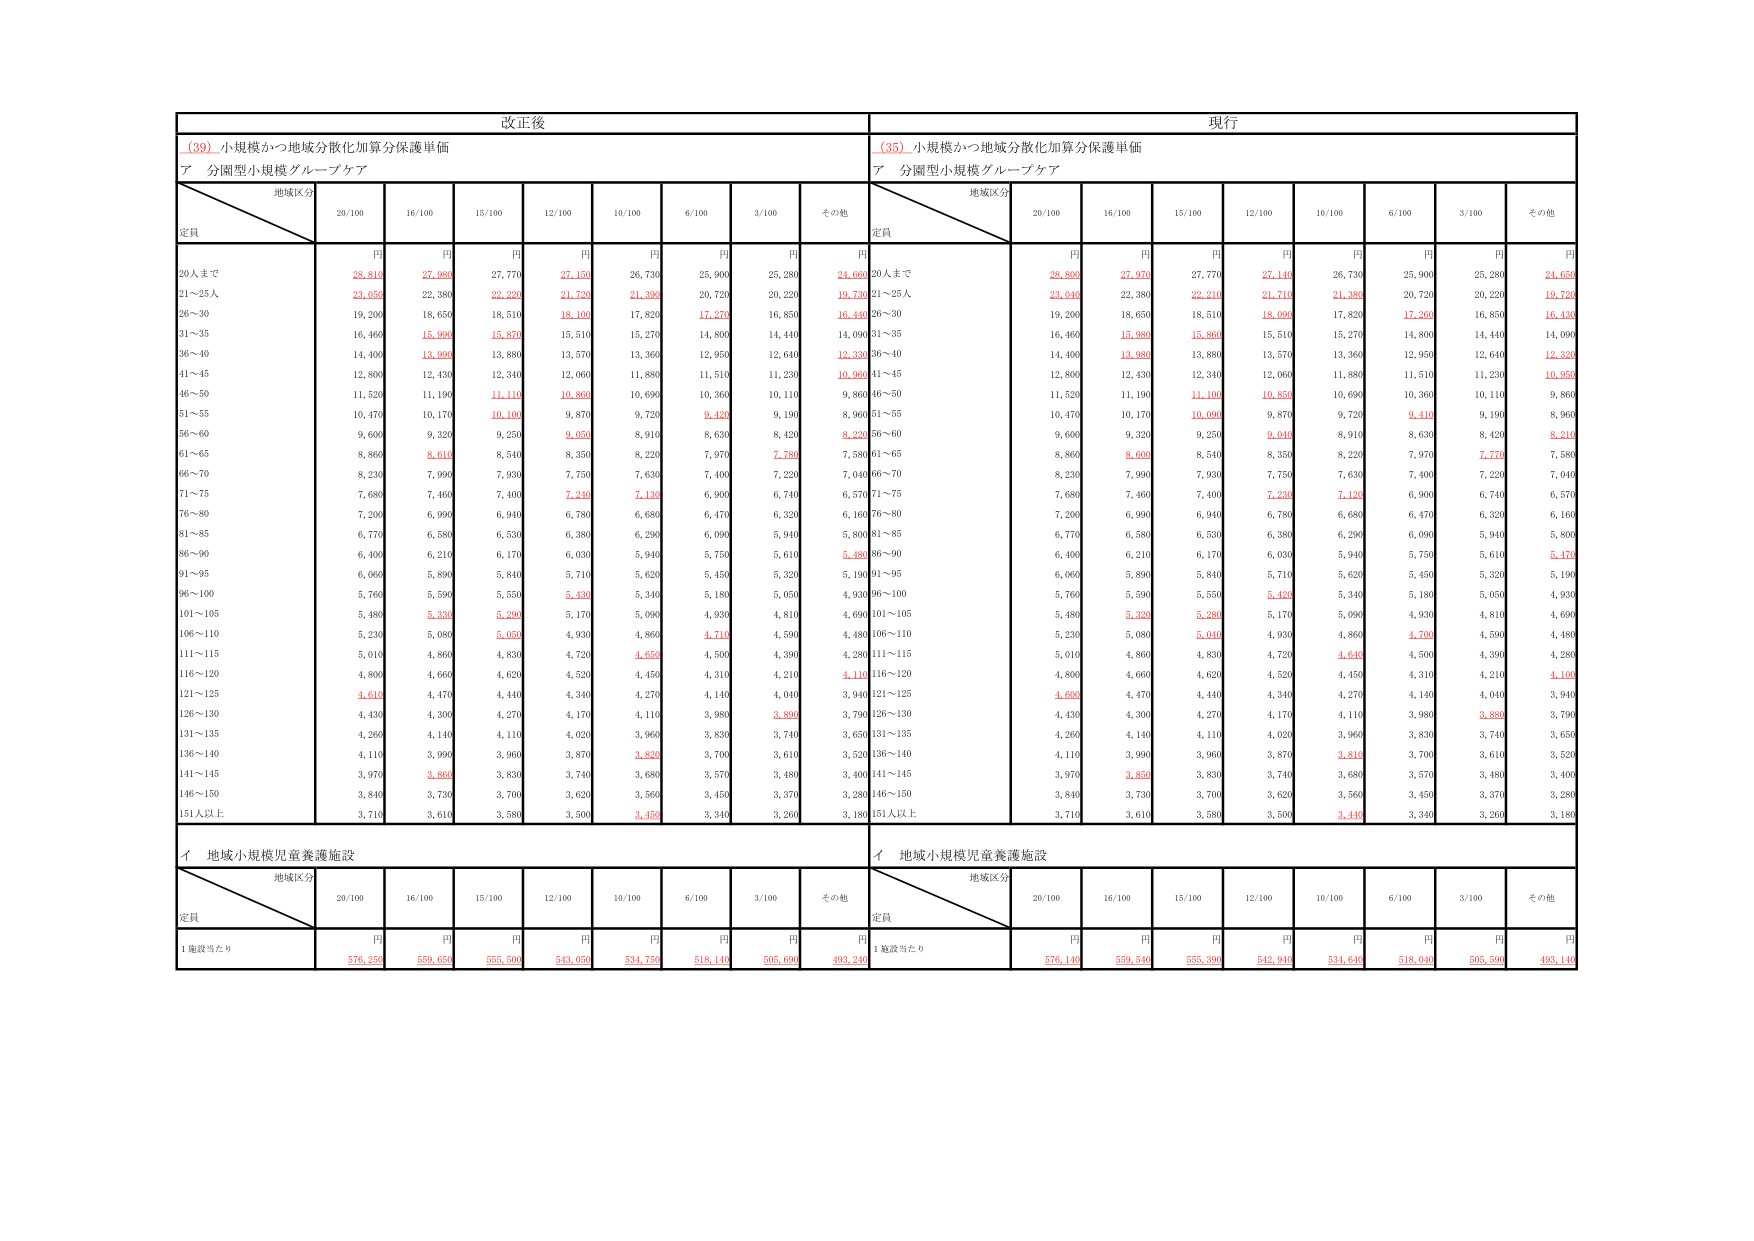
改正後
(39) 小規模かつ地域分散化加算分保護単価
ア 分園型小規模グループケア
地域区分
定員
20/100
16/100
15/100
12/100
10/100
6/100
3/100
その他
円
円
円
円
円
円
円
円
20人まで
28,810
27,980
27,770
27,150
26,730
25,900
25,280
24,660
21～25人
23,050
22,380
22,220
21,720
21,390
20,720
20,220
19,730
26～30
19,200
18,650
18,510
18,100
17,820
17,270
16,850
16,440
31～35
16,460
15,990
15,870
15,510
15,270
14,800
14,440
14,090
36～40
14,400
13,990
13,880
13,570
13,360
12,950
12,640
12,330
41～45
12,800
12,430
12,340
12,060
11,880
11,510
11,230
10,960
46～50
11,520
11,190
11,110
10,860
10,690
10,360
10,110
9,860
51～55
10,470
10,170
10,100
9,870
9,720
9,420
9,190
8,960
56～60
9,600
9,320
9,250
9,050
8,910
8,630
8,420
8,220
61～65
8,860
8,610
8,540
8,350
8,220
7,970
7,780
7,580
66～70
8,230
7,990
7,930
7,750
7,630
7,400
7,220
7,040
71～75
7,680
7,460
7,400
7,240
7,130
6,900
6,740
6,570
76～80
7,200
6,990
6,940
6,780
6,680
6,470
6,320
6,160
81～85
6,770
6,580
6,530
6,380
6,290
6,090
5,940
5,800
86～90
6,400
6,210
6,170
6,030
5,940
5,750
5,610
5,480
91～95
6,060
5,890
5,840
5,710
5,620
5,450
5,320
5,190
96～100
5,760
5,590
5,550
5,430
5,340
5,180
5,050
4,930
101～105
5,480
5,330
5,290
5,170
5,090
4,930
4,810
4,690
106～110
5,230
5,080
5,050
4,930
4,860
4,710
4,590
4,480
111～115
5,010
4,860
4,830
4,720
4,650
4,500
4,390
4,280
116～120
4,800
4,660
4,620
4,520
4,450
4,310
4,210
4,110
121～125
4,610
4,470
4,440
4,340
4,270
4,140
4,040
3,940
126～130
4,430
4,300
4,270
4,170
4,110
3,980
3,890
3,790
131～135
4,260
4,140
4,110
4,020
3,960
3,830
3,740
3,650
136～140
4,110
3,990
3,960
3,870
3,820
3,700
3,610
3,520
141～145
3,970
3,860
3,830
3,740
3,680
3,570
3,480
3,400
146～150
3,840
3,730
3,700
3,620
3,560
3,450
3,370
3,280
151人以上
3,710
3,610
3,580
3,500
3,450
3,340
3,260
3,180
イ 地域小規模児童養護施設
地域区分
定員
20/100
16/100
15/100
12/100
10/100
6/100
3/100
その他
円
円
円
円
円
円
円
円
1施設当たり
576,250
559,650
555,300
543,050
534,750
518,140
505,690
493,240
現行
(35) 小規模かつ地域分散化加算分保護単価
ア 分園型小規模グループケア
地域区分
定員
20/100
16/100
15/100
12/100
10/100
6/100
3/100
その他
円
円
円
円
円
円
円
円
20人まで
28,800
27,970
27,770
27,140
26,730
25,900
25,280
24,650
21～25人
23,040
22,380
22,210
21,710
21,380
20,720
20,220
19,720
26～30
19,200
18,650
18,510
18,090
17,820
17,260
16,850
16,430
31～35
16,460
15,980
15,860
15,510
15,270
14,800
14,440
14,090
36～40
14,400
13,980
13,880
13,570
13,360
12,950
12,640
12,320
41～45
12,800
12,430
12,340
12,060
11,880
11,510
11,230
10,950
46～50
11,520
11,190
11,100
10,850
10,690
10,360
10,110
9,860
51～55
10,470
10,170
10,090
9,870
9,720
9,410
9,190
8,960
56～60
9,600
9,320
9,250
9,040
8,910
8,630
8,420
8,210
61～65
8,860
8,600
8,540
8,350
8,220
7,970
7,770
7,580
66～70
8,230
7,990
7,930
7,750
7,630
7,400
7,220
7,040
71～75
7,680
7,460
7,400
7,230
7,120
6,900
6,740
6,570
76～80
7,200
6,990
6,940
6,780
6,680
6,470
6,320
6,160
81～85
6,770
6,580
6,530
6,380
6,290
6,090
5,940
5,800
86～90
6,400
6,210
6,170
6,030
5,940
5,750
5,610
5,470
91～95
6,060
5,890
5,840
5,710
5,620
5,450
5,320
5,190
96～100
5,760
5,590
5,550
5,420
5,340
5,180
5,050
4,930
101～105
5,480
5,320
5,280
5,170
5,090
4,930
4,810
4,690
106～110
5,230
5,080
5,040
4,930
4,860
4,700
4,590
4,480
111～115
5,010
4,860
4,830
4,720
4,640
4,500
4,390
4,280
116～120
4,800
4,660
4,620
4,520
4,450
4,310
4,210
4,100
121～125
4,600
4,470
4,440
4,340
4,270
4,140
4,040
3,940
126～130
4,430
4,300
4,270
4,170
4,110
3,980
3,880
3,790
131～135
4,260
4,140
4,110
4,020
3,960
3,830
3,740
3,650
136～140
4,110
3,990
3,960
3,870
3,810
3,700
3,610
3,520
141～145
3,970
3,850
3,830
3,740
3,680
3,570
3,480
3,400
146～150
3,840
3,730
3,700
3,620
3,560
3,450
3,370
3,280
151人以上
3,710
3,610
3,580
3,500
3,440
3,340
3,260
3,180
イ 地域小規模児童養護施設
地域区分
定員
20/100
16/100
15/100
12/100
10/100
6/100
3/100
その他
円
円
円
円
円
円
円
円
1施設当たり
576,140
559,540
555,390
542,940
534,640
518,040
505,590
493,140